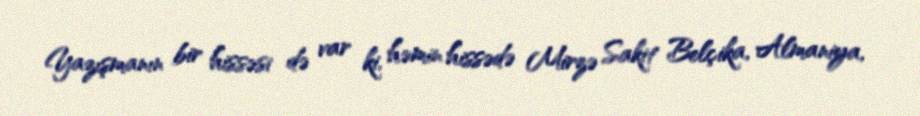
Yazışmanın bir hissəsi də var ki, həmin hissədə Mirzə Sakit Belçika, Almaniya,